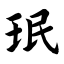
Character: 珉